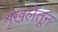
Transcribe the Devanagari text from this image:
शृंखलेतून